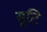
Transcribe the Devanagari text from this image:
सृ्टि